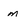
Character: m